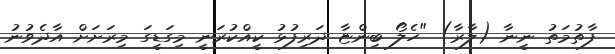
ފާތުމަތު ނީނާ (ލާރާ) "ހެލޯ ބިންޏާ ދަރިފުޅު ކީއްކުރަނީ މިގަޑީގަ މިރަށަށް އާދެވުނު